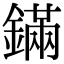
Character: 鏋